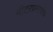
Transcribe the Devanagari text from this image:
मीटरप्रमाणेच